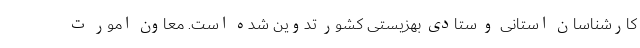
کارشناسان استانی و ستادی بهزیستی کشور تدوین شده است. معاون امور ت